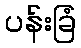
ပန်းခြံ